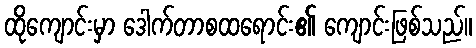
ထိုကျောင်းမှာ ဒေါက်တာစထရောင်း၏ ကျောင်းဖြစ်သည်။